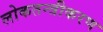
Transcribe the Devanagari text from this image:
लोकतन्‍त्रीकरण